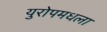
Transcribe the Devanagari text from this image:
युरोपमधला